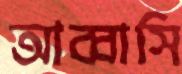
আব্বাসি